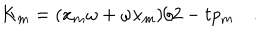
K _ { m } = ( x _ { m } \omega + \omega x _ { m } ) / 2 - t p _ { m } ~ .